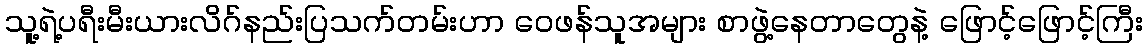
သူ့ရဲ့ပရီးမီးယားလိဂ်နည်းပြသက်တမ်းဟာ ဝေဖန်သူအများ စာဖွဲ့နေတာတွေနဲ့ ဖြောင့်ဖြောင့်ကြီး